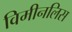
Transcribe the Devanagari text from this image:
विमीनलिस